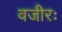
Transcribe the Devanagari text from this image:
वजीरः